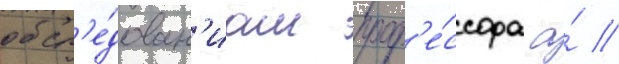
обсл'е́дован'иам проф'е́ссора а́ //